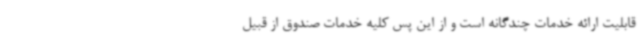
قابلیت ارائه خدمات چندگانه است و از این پس کلیه خدمات صندوق از قبیل